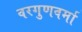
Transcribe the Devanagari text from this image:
वरगुणवर्मा